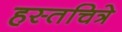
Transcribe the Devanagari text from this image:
हस्तचित्रे